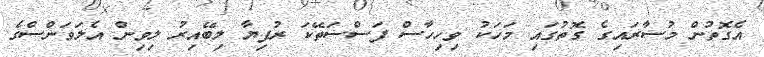
އެގޮތުން މުސާރައިގެ ގޮތުގައި މަހަކު ވިހިހާސް ފަސްސަތޭކަ ރުފިޔާ ލިބޭއިރު ލިވިން އެލަވަންސްގެ